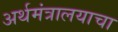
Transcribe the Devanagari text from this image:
अर्थमंत्रालयाचा